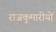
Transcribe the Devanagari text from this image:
राजकुमारीयों